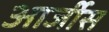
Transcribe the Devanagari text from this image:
आर्जीस